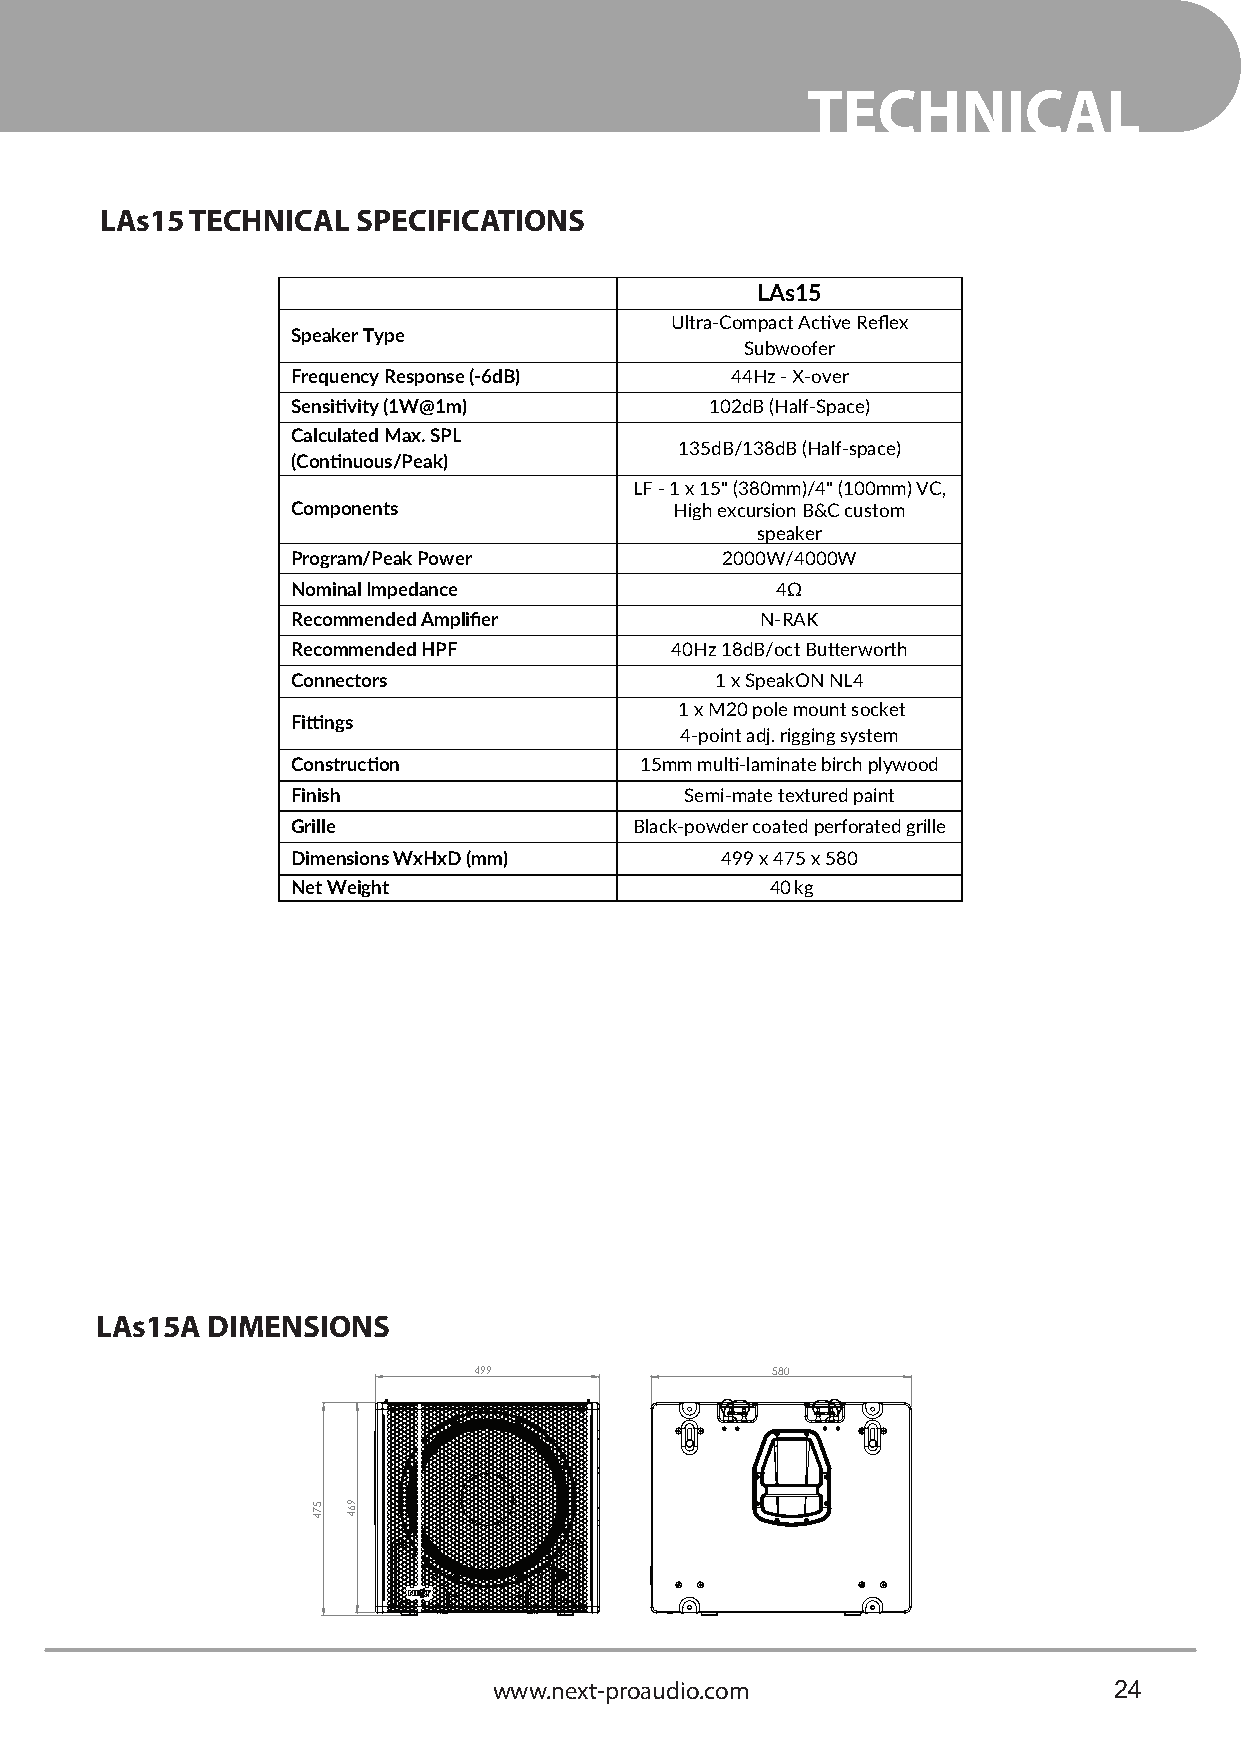
TECHNICAL
 LAs15 TECHNICAL  SPECIFICATIONS
 LAs15
 Ultra-Compact Active Reflex
 Speaker Type
 Subwoofer
 Frequency Response (-6dB)    44Hz - X-over
 Sensitivity (1W@1m)         102dB (Half-Space)
 Calculated Max. SPL
 135dB/138dB (Half-space)
 (Continuous/Peak)
 LF - 1 x 15" (380mm)/4" (100mm) VC,
 Components                High excursion B&C custom
 speaker
 Program/Peak Power           2000W/4000W
 Nominal Impedance               4Ω
 Recommended Amplifier          N-RAK
 Recommended HPF          40Hz 18dB/oct Butterworth
 Connectors                  1 x SpeakON NL4
 1 x M20 pole mount socket
 Fittings
 4-point adj. rigging system
 Construction           15mm multi-laminate birch plywood
 Finish                    Semi-mate textured paint
 Grille                 Black-powder coated perforated grille
 Dimensions WxHxD (mm)        499 x 475 x 580
 Net Weight                      40kg
 LAs15A  DIMENSIONS
 499                 580
 www.next-proaudio.com                    24
 574 964